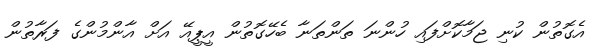
އެގޮތުން ކުނި ޖަމާކޮށްފައި ހުންނަ ތަންތަނާ ބެހޭގޮތުން އީޕީއޭ އަށް އާންމުންގެ ފަރާތުން